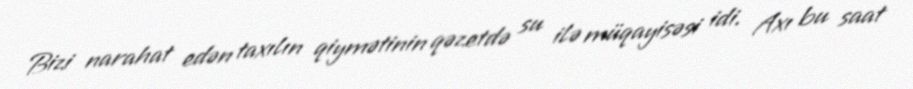
Bizi narahat edən taxılın qiymətinin qəzetdə su ilə müqayisəsi idi. Axı bu saat